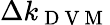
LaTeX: \Delta k_{\mathrm{~D~V~M~}}